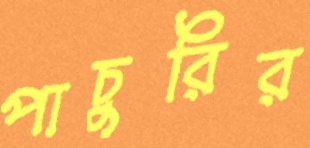
পাচুরির